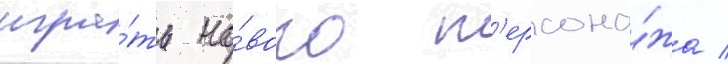
игра́ть но́вого п'ерсона́жа /